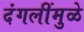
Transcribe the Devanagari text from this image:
दंगलींमुळे